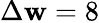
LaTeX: \Delta\mathbf{w}=8